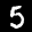
Label: 5